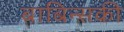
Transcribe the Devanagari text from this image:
बाबिन्सकी